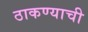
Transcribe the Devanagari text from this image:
ठाकण्याची